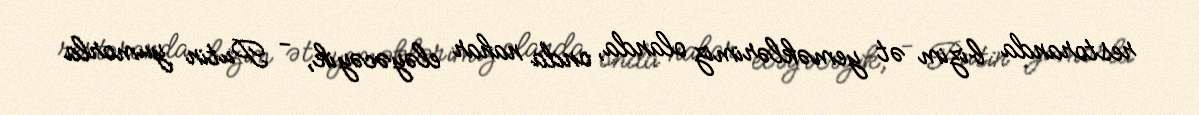
restoranda bizim ət yeməklərimiz olanda, onda nahar eləyəcəyik, - Putin yumorla